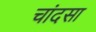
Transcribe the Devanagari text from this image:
चांदसा